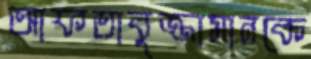
আফতাবুজ্জামানকে